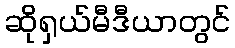
ဆိုရှယ်မီဒီယာတွင်